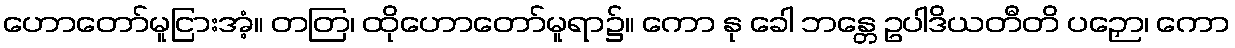
ဟောတော်မူငြားအံ့။ တတြ၊ ထိုဟောတော်မူရာ၌။ ကော နု ခေါ ဘန္တေ ဥပါဒိယတီတိ ပဉှော၊ ကော